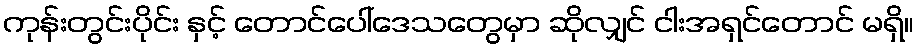
ကုန်းတွင်းပိုင်း နှင့် တောင်ပေါ်ဒေသတွေမှာ ဆိုလျှင် ငါးအရှင်တောင် မရှိ။